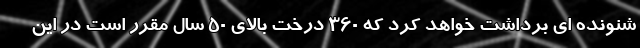
شنونده ای برداشت خواهد کرد که 360 درخت بالای 50 سال مقرر است در این